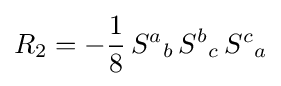
R_{2}=-{\frac {1}{8}}\,{S^{a}}_{b}\,{S^{b}}_{c}\,{S^{c}}_{a}